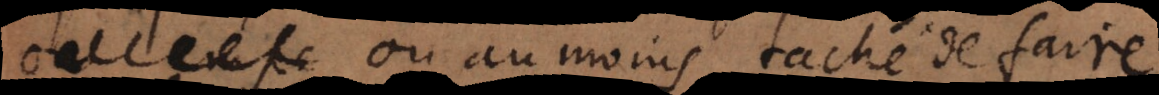
ou au moins taché de faire